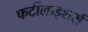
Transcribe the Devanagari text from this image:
फर्टीलाइशर्स